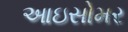
આઇસોમર